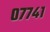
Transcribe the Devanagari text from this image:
०७७४१